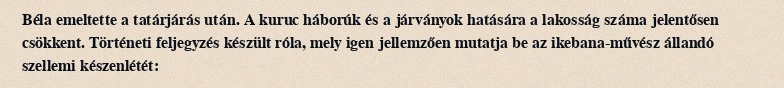
Béla emeltette a tatárjárás után. A kuruc háborúk és a járványok hatására a lakosság száma jelentősen csökkent. Történeti feljegyzés készült róla, mely igen jellemzően mutatja be az ikebana-művész állandó szellemi készenlétét: